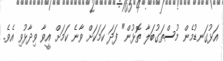
އަޅުގަނޑުމެން މުސްތަގުބަލާ ތޮޅުން" ފަދަ ކަމަކަށް ވާނެ ކަމަށް އީވާ ވިދާޅުވި އެވެ.